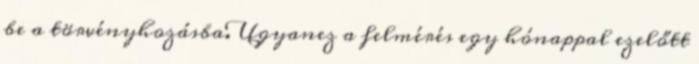
be a törvényhozásba. Ugyanez a felmérés egy hónappal ezelőtt